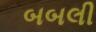
બબલી